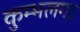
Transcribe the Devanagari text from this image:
कुम्भलगड़